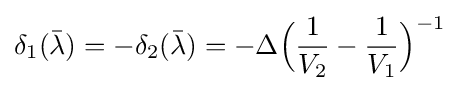
\delta _{1}({\bar {\lambda }})=-\delta _{2}({\bar {\lambda }})=-\Delta {\Big (}{\frac {1}{V_{2}}}-{\frac {1}{V_{1}}}{\Big )}^{-1}\